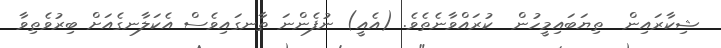
ޝިކާރައިން  ތިޔަބައިމީހުން  ކުރައްވާނެތެވެ. (އެއީ) ނުފެންނަ ތާނގައިވެސް އެކަލާނގެއަށް ބިރުވެތިވާ